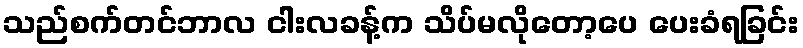
သည်စက်တင်ဘာလ ငါးလခန့်က သိပ်မလိုတော့ပေ ပေးခံရခြင်း